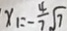
x _ { 1 } = - \frac { 4 } { 7 } \sqrt { 7 }